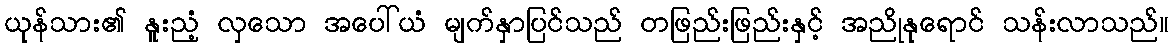
ယုန်သား၏ နူးညံ့ လှသော အပေါ်ယံ မျက်နှာပြင်သည် တဖြည်းဖြည်းနှင့် အညိုနုရောင် သန်းလာသည်။